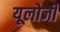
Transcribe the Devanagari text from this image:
यूलोजी